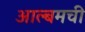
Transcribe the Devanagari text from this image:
आल्बमची